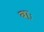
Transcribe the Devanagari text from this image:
बाः